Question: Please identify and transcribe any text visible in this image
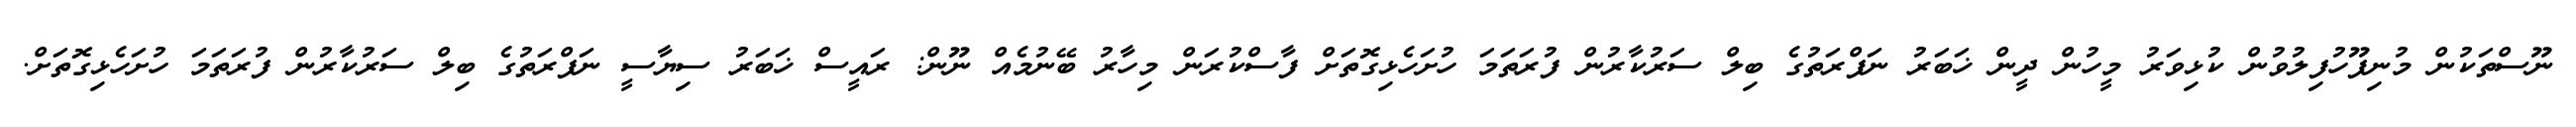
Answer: ނޫސްތަކުން މުނިފޫހުފިލުވުން ކުޅިވަރު މީހުން ދީން ޚަބަރު ނަފްރަތުގެ ބިލް ސަރުކާރުން ފުރަތަމަ ހުށަހެޅިގޮތަށް ފާސްކުރަން މިހާރު ބޭނުމެއް ނޫން: ރައީސް ޚަބަރު ސިޔާސީ ނަފްރަތުގެ ބިލް ސަރުކާރުން ފުރަތަމަ ހުށަހެޅިގޮތަށް.